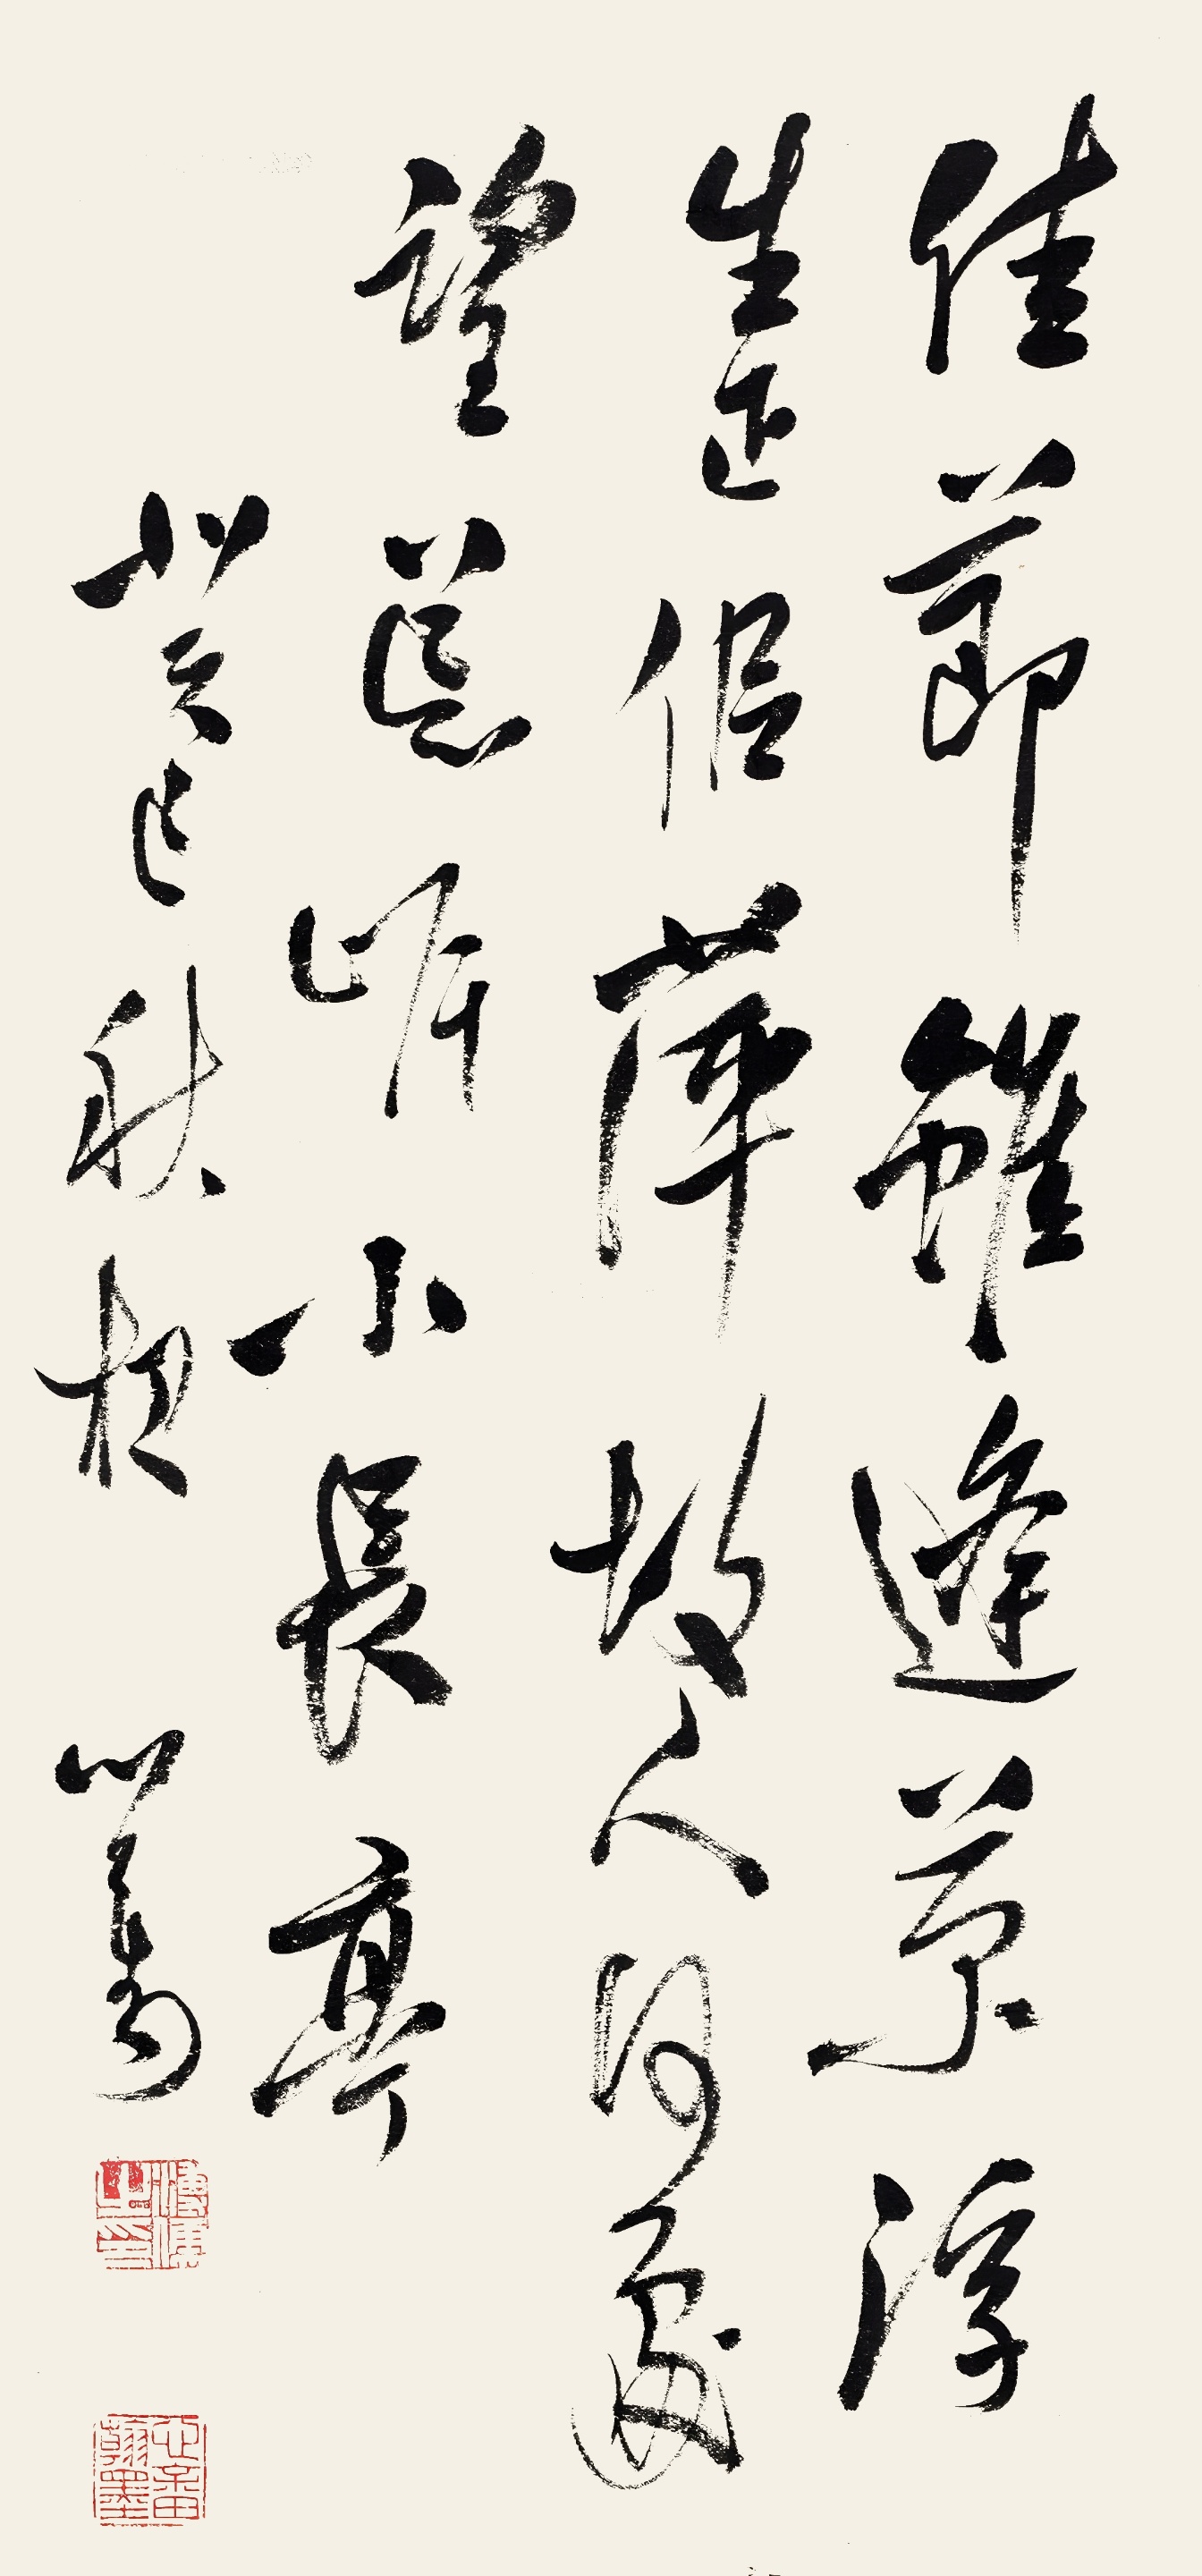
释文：佳节虽逢菊,浮生正似萍。故人何处望,荒岸小长亭。癸巳秋杪心畬。